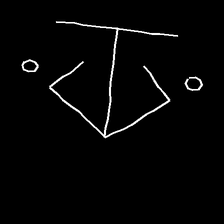
Glyph: earth